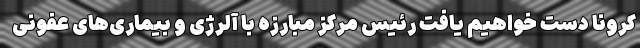
کرونا دست خواهیم یافت رئیس مرکز مبارزه با آلرژی و بیماری‌های عفونی